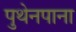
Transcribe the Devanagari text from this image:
पुथेनपाना